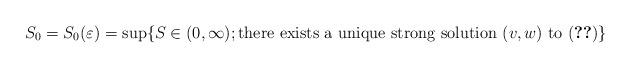
LaTeX: \begin{align*}S_0 = S_0(\varepsilon) = \sup\{S\in (0,\infty) ;\mbox{there exists a unique strong solution}\ (v,w)\ \mbox{to \eqref{eq_vw}} \}\end{align*}